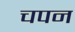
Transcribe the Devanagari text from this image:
चपन